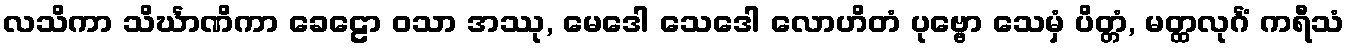
လသိကာ သိင်္ဃာဏိကာ ခေဠော ဝသာ အဿု, မေဒေါ သေဒေါ လောဟိတံ ပုဗ္ဗော သေမှံ ပိတ္တံ, မတ္ထလုင်္ဂံ ကရီသံ